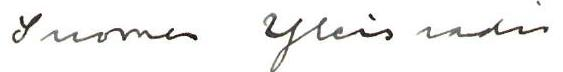
Suomen Yleisradio